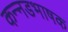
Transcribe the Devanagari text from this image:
कन्‍नडभाषक